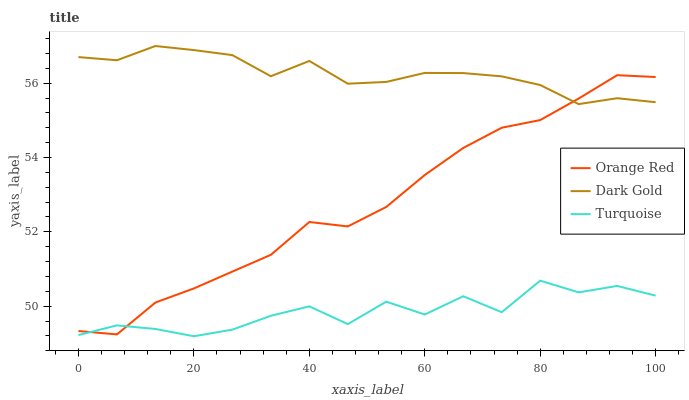
| xaxis_label | Orange Red | Dark Gold | Turquoise |
 | --- | --- | --- | --- |
 | 0 | 49.3 | 56.7 | 49.2 |
 | 6.67 | 49.2 | 56.6 | 49.5 |
 | 13.3 | 50.1 | 57 | 49.4 |
 | 20 | 50.5 | 56.9 | 49.2 |
 | 26.7 | 50.9 | 56.8 | 49.4 |
 | 33.3 | 51.4 | 56.2 | 49.7 |
 | 40 | 52.3 | 56.6 | 50 |
 | 46.7 | 52.1 | 56 | 49.5 |
 | 53.3 | 52.7 | 56 | 50.1 |
 | 60 | 53.5 | 56.3 | 49.8 |
 | 66.7 | 54.3 | 56.3 | 50.3 |
 | 73.3 | 54.8 | 56.2 | 49.8 |
 | 80 | 55 | 56 | 50.7 |
 | 86.7 | 55.6 | 55.4 | 50.4 |
 | 93.3 | 56.2 | 55.6 | 50.5 |
 | 100 | 56.2 | 55.5 | 50.3 |